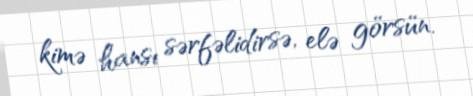
kimə hansı sərfəlidirsə, elə görsün.